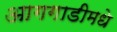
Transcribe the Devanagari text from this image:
आगगाडीमधे